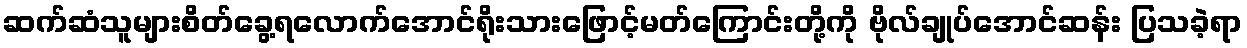
ဆက်ဆံသူများစိတ်ခွေ့ရလောက်အောင်ရိုးသားဖြောင့်မတ်ကြောင်းတို့ကို ဗိုလ်ချုပ်အောင်ဆန်း ပြသခဲ့ရာ